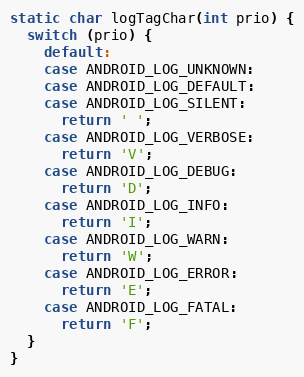
Language: C++
static char logTagChar(int prio) {
  switch (prio) {
    default:
    case ANDROID_LOG_UNKNOWN:
    case ANDROID_LOG_DEFAULT:
    case ANDROID_LOG_SILENT:
      return ' ';
    case ANDROID_LOG_VERBOSE:
      return 'V';
    case ANDROID_LOG_DEBUG:
      return 'D';
    case ANDROID_LOG_INFO:
      return 'I';
    case ANDROID_LOG_WARN:
      return 'W';
    case ANDROID_LOG_ERROR:
      return 'E';
    case ANDROID_LOG_FATAL:
      return 'F';
  }
}